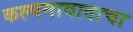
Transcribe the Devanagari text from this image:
कल्पनावादाचा